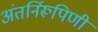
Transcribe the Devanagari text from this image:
अंतर्निरूपिणी